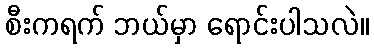
စီးကရက် ဘယ်မှာ ရောင်းပါသလဲ။